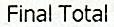
FINAL TOTAL